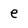
Character: e